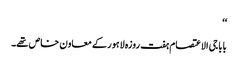
‘‘
بابا جی الاعتصام ہفت روزہ لاہور کے معاون خاص تھے۔